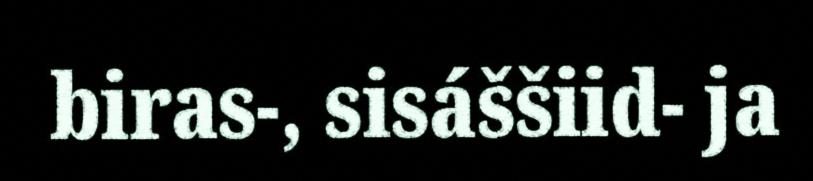
biras-, sisáššiid- ja